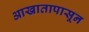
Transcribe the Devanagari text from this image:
आखातापासून